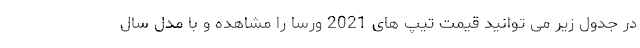
در جدول زیر می توانید قیمت تیپ های 2021 ورسا را مشاهده و با مدل سال